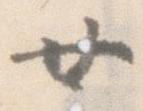
廿